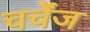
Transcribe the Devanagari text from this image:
चर्चेंज